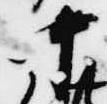
中